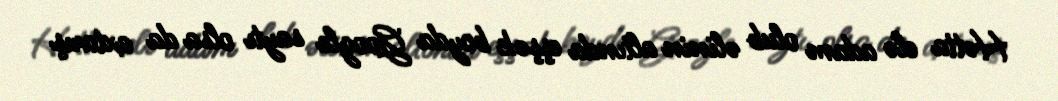
Hətta elə adam olub əlinin altında eşşək boyda Google saytı olsa da axtarış